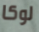
لوكا